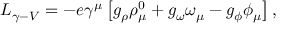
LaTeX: { \cal L } _ { \gamma - V } = - e \gamma ^ { \mu } \left[ g _ { \rho } \rho _ { \mu } ^ { 0 } + g _ { \omega } \omega _ { \mu } - g _ { \phi } \phi _ { \mu } \right] ,